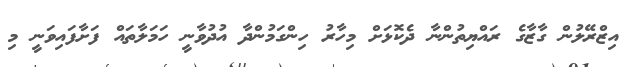
އިޒްރޭލުން ގާޒާގެ ރައްޔިތުންނާ ދެކޮޅަށް މިހާރު ހިންގަމުންދާ އުދުވާނީ ހަމަލާތައް ފަށާފައިވަނީ މި